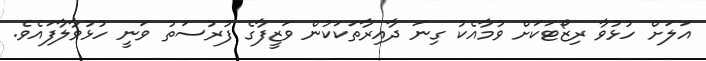
އަލަށް ހުޅުވާ ރިޒޯޓަކަށް ވުމާއެކު ގިނަ ދާއިރާތަކަކުން ވަޒީފާގެ ފުރުސަތު ވަނީ ހުޅުވާލާފައެވެ.